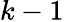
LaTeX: k-1